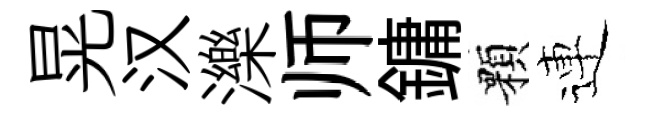
晃汉濼师鏞顆連